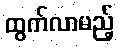
ထွက်လာမည့်